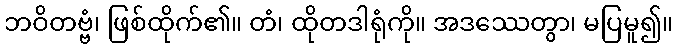
ဘဝိတဗ္ဗံ၊ ဖြစ်ထိုက်၏။ တံ၊ ထိုတဒါရုံကို။ အဒဿေတွာ၊ မပြမူ၍။